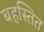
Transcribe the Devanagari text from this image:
बहस्तित